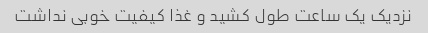
نزدیک یک ساعت طول کشید و غذا کیفیت خوبی نداشت